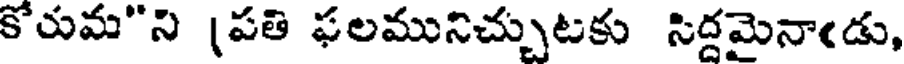
కోరుమ"ని (పతి ఫలమునిచ్చుటకు సిద్దమైనాఁడు,